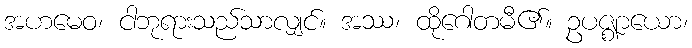
အဟမေဝ၊ ငါဘုရားသည်သာလျှင်။ အဿ၊ ထိုဂေါတမီ၏။ ဥပဇ္ဈာယော၊